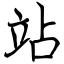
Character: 站